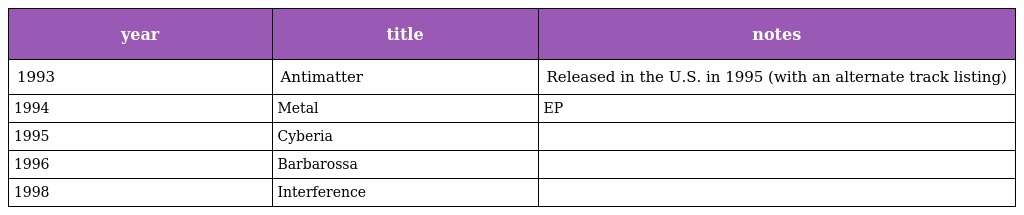
| year | title | notes |
 | --- | --- | --- |
 | 1993 | Antimatter | Released in the U.S. in 1995 (with an alternate track listing) |
 | 1994 | Metal | EP |
 | 1995 | Cyberia |  |
 | 1996 | Barbarossa |  |
 | 1998 | Interference |  |